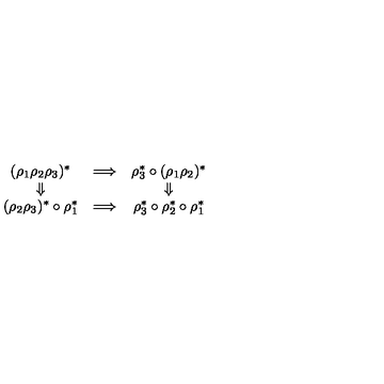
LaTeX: \begin{array} { c c c } { ( \rho _ { 1 } \rho _ { 2 } \rho _ { 3 } ) ^ { * } } & { \Longrightarrow } & { \rho _ { 3 } ^ { * } \circ ( \rho _ { 1 } \rho _ { 2 } ) ^ { * } } \\ { \Downarrow } & { } & { \Downarrow } \\ { ( \rho _ { 2 } \rho _ { 3 } ) ^ { * } \circ \rho _ { 1 } ^ { * } } & { \Longrightarrow } & { \rho _ { 3 } ^ { * } \circ \rho _ { 2 } ^ { * } \circ \rho _ { 1 } ^ { * } } \\ \end{array}